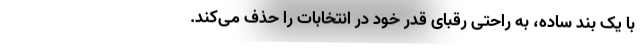
با یک بند ساده، به راحتی رقبای قدر خود در انتخابات را حذف می‌کند.